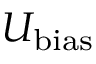
U _ { \mathrm { b i a s } }